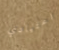
اعتيادي